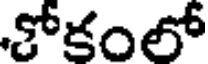
కోకంలో